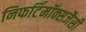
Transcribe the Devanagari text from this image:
निफर्टिमॉक्सजैसी